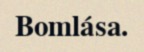
Bomlása.